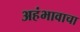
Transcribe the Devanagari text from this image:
अहंभावाचा